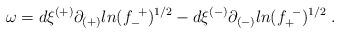
LaTeX: \begin{align*} \omega = d\xi^{(+)}\partial_{(+)} ln(f^{~+}_{-})^{1/2} - d\xi^{(-)} \partial_{(-)}ln(f^{~-}_{+})^{1/2} \; .\end{align*}